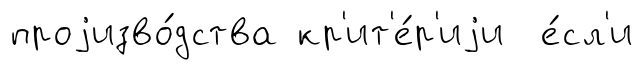
проjизво́дства кр'ит'е́р'иjи е́сл'и